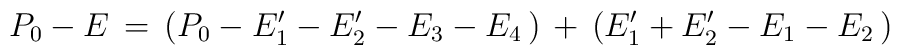
P_0-E\,=\,(P_0-E'_1-E'_2-E_3-E_4\,)\,+\,(E'_1+E'_2-E_1-E_2\,)